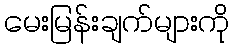
မေးမြန်းချက်များကို